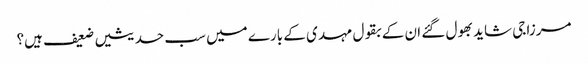
مرزا جی شاید بھول گئے ان کے بقول مہدی کے بارے میں سب حدیثیں ضعیف ہیں؟